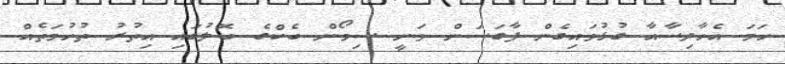
ހަމަ އެހާދިސާއާ ގުޅުވައިގެން ފާގަސަން ވަނީ ސިމޯން ބެކްގެ ބޮލުގައި އިތުރު ތުހުމަތެއް